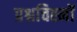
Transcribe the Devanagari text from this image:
प्रश्नचिह्नों